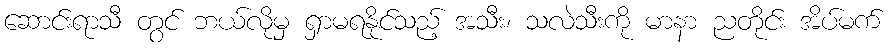
ဆောင်းရာသီ တွင် ဘယ်လိုမှ ရှာမရနိုင်သည့် အသီး၊ သလဲသီးကို မာနာ ညတိုင်း အိပ်မက်